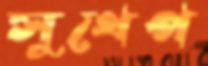
সুথেপ